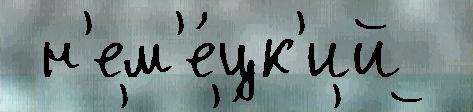
 н'ем'е́цк'ий